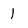
Character: 1